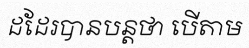
ដដែរបានបន្តថា បើតាម